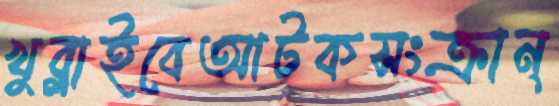
খুব্‌লাইবেআটকসংক্রান্